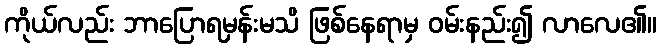
ကိုယ်လည်း ဘာပြောရမှန်းမသိ ဖြစ်နေရာမှ ဝမ်းနည်း၍ လာလေ၏။